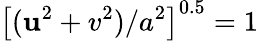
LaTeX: \left[(\mathbf{u}^{2}+v^{2})/a^{2}\right]^{0.5}=1